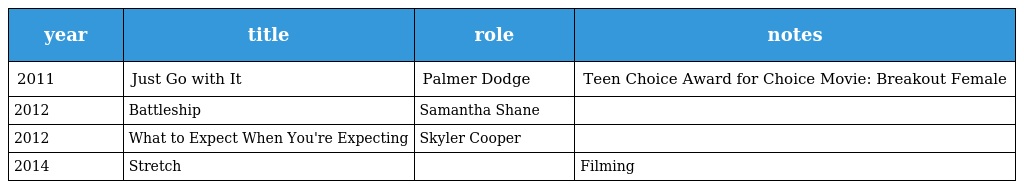
| year | title | role | notes |
 | --- | --- | --- | --- |
 | 2011 | Just Go with It | Palmer Dodge | Teen Choice Award for Choice Movie: Breakout Female |
 | 2012 | Battleship | Samantha Shane |  |
 | 2012 | What to Expect When You're Expecting | Skyler Cooper |  |
 | 2014 | Stretch |  | Filming |